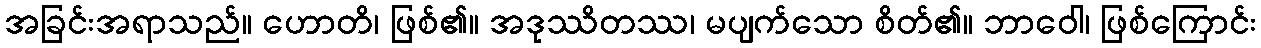
အခြင်းအရာသည်။ ဟောတိ၊ ဖြစ်၏။ အဒုဿိတဿ၊ မပျက်သော စိတ်၏။ ဘာဝေါ၊ ဖြစ်ကြောင်း